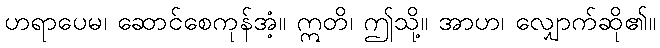
ဟရာပေမ၊ ဆောင်စေကုန်အံ့။ ဣတိ၊ ဤသို့။ အာဟ၊ လျှောက်ဆို၏။